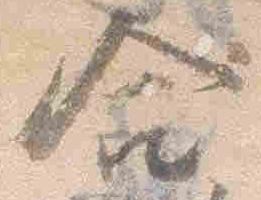
合